Causation and prevention of malarial fevers: a statement of the results of researches drawn up for the use of assistant surgeons, hospital assistants and students
Disease focus: Malaria
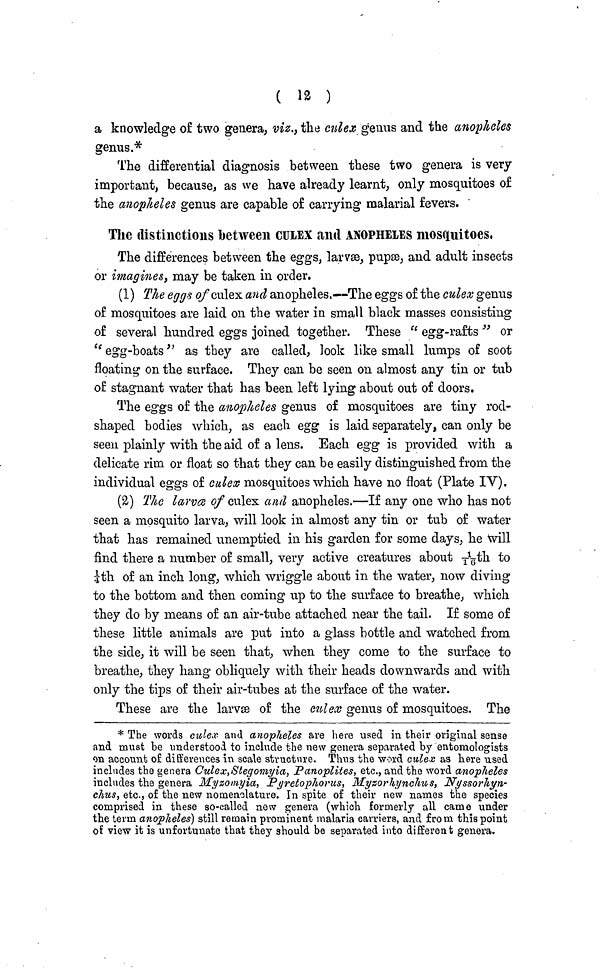
( 12 )
a knowledge of two genera, viz., the culex genus and the anopheles
genus.*
The differential diagnosis between these two genera is very
important, because, as we have already learnt, only mosquitoes of
the anopheles genus are capable of carrying malarial fevers.
The distinctions between CULEX and ANOPHELES mosquitoes,
The differences between the eggs, larvæ, pupæ, and adult insects
or imagines, may be taken in order.
(1) The eggs of culex and anopheles.—The eggs of the culex genus
of mosquitoes are laid on the water in small black masses consisting
of several hundred eggs joined together. These " egg-rafts " or
" egg-boats" as they are called, look like small lumps of soot
floating on the surface. They can be seen on almost any tin or tub
of stagnant water that has been left lying about out of doors.
The eggs of the anopheles genus of mosquitoes are tiny rod-
shaped bodies which, as each egg is laid separately, can only be
seen plainly with the aid of a lens. Each egg is provided with a
delicate rim or float so that they can be easily distinguished from the
individual eggs of culex mosquitoes which have no float (Plate IV).
(2) The larva of culex and anopheles.—If any one who has not
seen a mosquito larva, will look in almost any tin or tub of water
that has remained unemptied in his garden for some days, he will
find there a number of small, very active creatures about \1/16\th to
¼th of an inch long, which wriggle about in the water, now diving
to the bottom and then coining up to the surface to breathe, which
they do by means of an air-tube attached near the tail. If some of
these little animals are put into a glass bottle and watched from
the side, it will be seen that, when they come to the surface to
breathe, they hang obliquely with their heads downwards and with
only the tips of their air-tubes at the surface of the water.
These are the larvæ of the culex genus of mosquitoes. The
* The words culex and anopheles are here used in their original sense
and must be understood to include the new genera separated by entomologists
on account of differences in scale structure. Thus the word culex as here used
includes the genera Culex,Stegomyia, Panoplites, etc., and the word anopheles
includes the genera Myzomyia, Pyretophorus, Mysorhynchus, Nyssorhyn-
chus, etc., of the new nomenclature. In spite of their new names the species
comprised in these so-called new genera (which formerly all came under
the term anopheles) still remain prominent malaria carriers, and from this point
of view it is unfortunate that they should be separated into different genera.